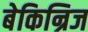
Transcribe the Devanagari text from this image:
बेकिन्रिज